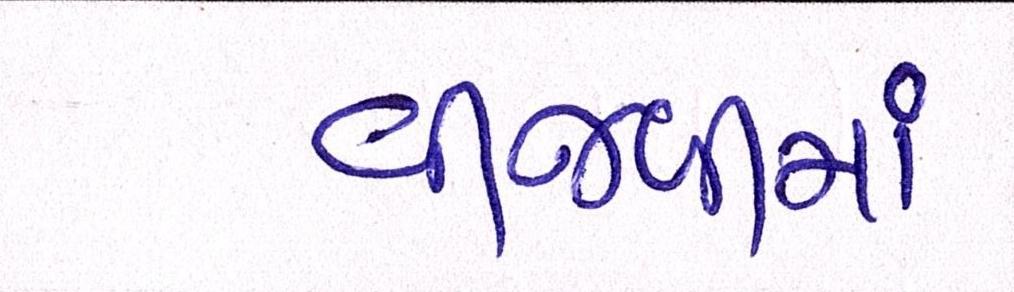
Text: વીજળીમાં